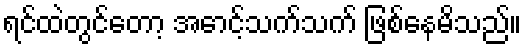
ရင်ထဲတွင်တော့ အောင့်သက်သက် ဖြစ်နေမိသည်။